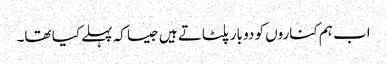
اب ہم کناروں کو دو بار پلٹاتے ہیں جیسا کہ پہلے کیا تھا۔